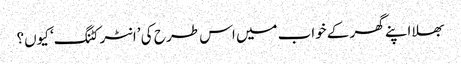
بھلا اپنے گھر کے خواب میں اس طر ح کی ’انٹر کٹنگ‘ کیوں؟